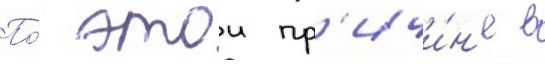
По́ этои пр'ичи́н'е в